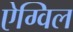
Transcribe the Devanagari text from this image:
ऐग्विल